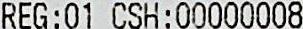
REG:01 CSH:00000008